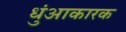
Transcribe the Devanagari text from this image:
धुंआकारक